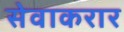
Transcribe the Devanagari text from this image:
सेवाकरार